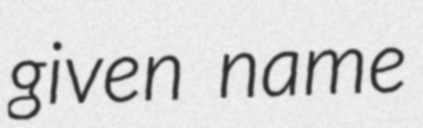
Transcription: given name